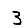
Digit: 3